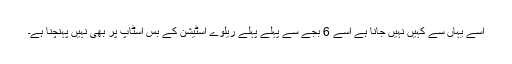
اسے یہاں سے کہیں نہیں جانا ہے اسے 6 بجے سے پہلے پہلے ریلوے اسٹیشن کے بس اسٹاپ پر بھی نہیں پہنچنا ہے۔